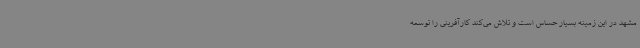
مشهد در این زمینه بسیار حساس است و تلاش می‌کند کارآفرینی را توسعه